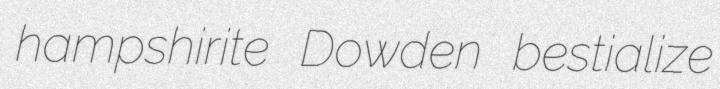
hampshirite Dowden bestialize